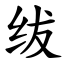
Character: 绂